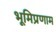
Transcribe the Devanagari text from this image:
भूमिप्रणाम